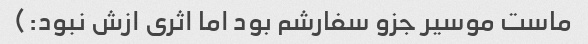
ماست موسیر جزو سفارشم بود اما اثری ازش نبود:)